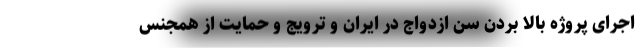
اجرای پروژه بالا بردن سن ازدواج در ایران و ترویج و حمایت از همجنس